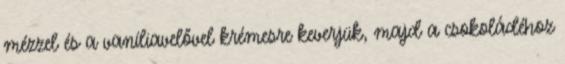
mézzel és a vaníliavelővel krémesre keverjük, majd a csokoládéhoz